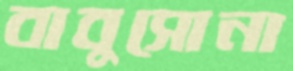
বাবুসোনা